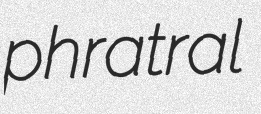
phratral